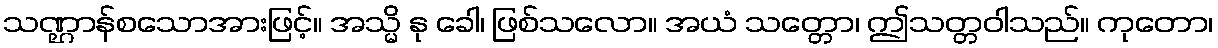
သဏ္ဌာန်စသောအားဖြင့်။ အသ္မိ နု ခေါ၊ ဖြစ်သလော။ အယံ သတ္တော၊ ဤသတ္တဝါသည်။ ကုတော၊